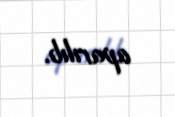
aparılıb.